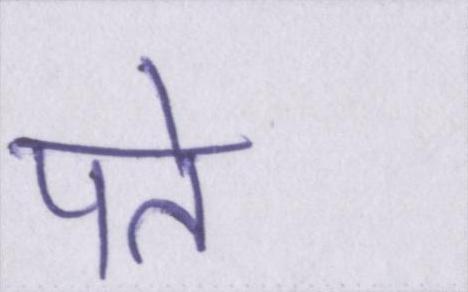
पते